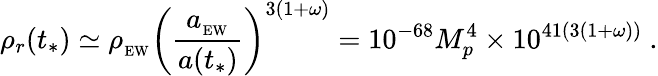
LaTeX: \rho_{r}(t_{*})\simeq\rho_{_\mathrm{EW}}\left({\frac{a_{_\mathrm{EW}}}{a(t_{*})}}\right)^{3(1+\omega)}=10^{-68}M_{p}^{4}\times 10^{41(3(1+\omega))}\ .